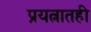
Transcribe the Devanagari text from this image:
प्रयत्नातही